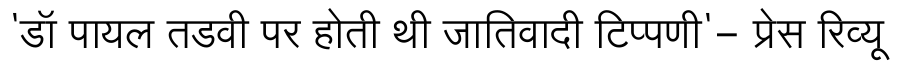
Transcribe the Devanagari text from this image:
'डॉ पायल तडवी पर होती थी जातिवादी टिप्पणी'- प्रेस रिव्यू